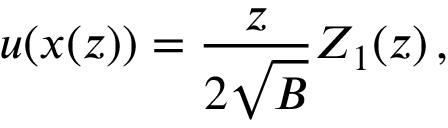
u ( x ( z ) ) = \frac { z } { 2 \sqrt { B } } Z _ { 1 } ( z ) \, ,